Mental hospitals Bombay report 1929-33 - 1929-1933
Year: 1929
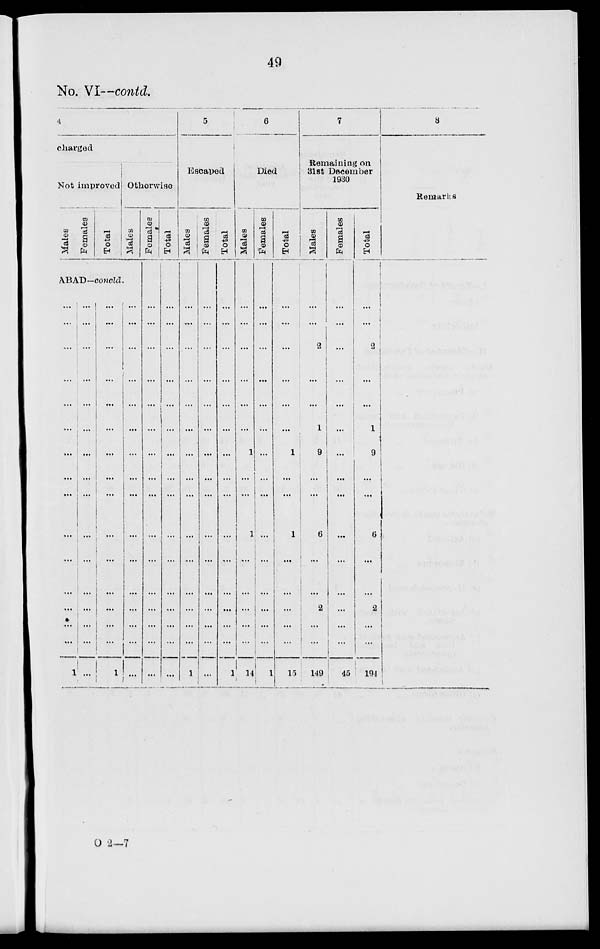
49
No. VI—contd.
4
charged
Not improved
Males
Females
Total
Otherwise
Males
ABAD––concld.
...
...
...
...
...
...
...
...
...
...
...
...
...
...
...
1
...
...
...
...
...
...
...
...
...
...
...
...
...
...
...
...
...
...
...
...
...
...
...
...
...
...
...
...
...
...
...
1
...
...
...
...
...
...
...
...
...
...
...
...
...
...
...
Females
...
...
...
...
...
...
...
...
...
...
...
...
...
...
...
...
Total
...
...
...
...
...
...
...
...
...
...
...
...
...
...
...
...
5
Escaped
Males
...
...
...
...
...
...
...
...
...
...
...
...
...
...
...
1
Females
...
...
...
...
...
...
...
...
...
...
...
...
...
...
...
...
Total
...
...
...
...
...
...
...
...
...
...
...
...
...
...
...
1
6
Died
Males
...
...
...
...
...
...
1
...
...
1
...
...
...
...
...
14
Females
...
...
...
...
...
...
...
...
...
...
...
...
...
...
...
1
Total
...
...
...
...
...
...
1
...
...
1
...
...
...
...
...
15
7
Remaining on
31st December
1930
Males
...
...
2
...
...
1
9
...
...
6
...
...
2
...
...
149
Females
...
...
...
...
...
...
...
...
...
...
...
...
...
...
...
45
Total
...
...
2
...
...
1
9
...
...
6
...
...
2
...
...
194
8
Remarks
O 2—7